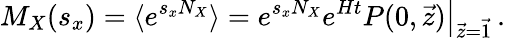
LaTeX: M_{X}(s_{x})=\langle e^{s_{x}N_{X}}\rangle=\left.e^{s_{x}N_{X}}e^{Ht}P(0,\vec{z})\right|_{\vec{z}=\vec{1}}\, .